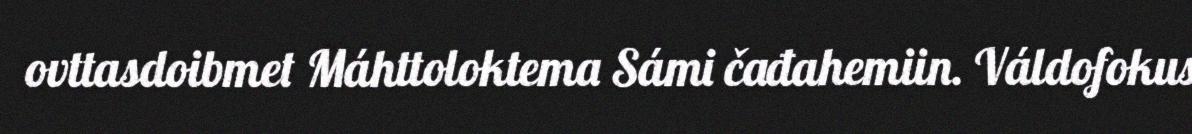
ovttasdoibmet Máhttoloktema Sámi čađahemiin. Váldofokus